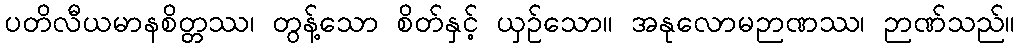
ပတိလီယမာနစိတ္တဿ၊ တွန့်သော စိတ်နှင့် ယှဉ်သော။ အနုလောမဉာဏဿ၊ ဉာဏ်သည်။